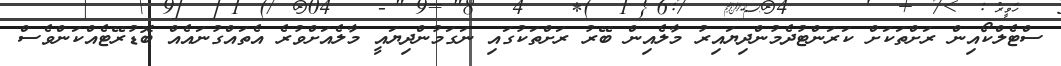
ސްޓެލްކޯއިން ރަށްތަކަށް ކަރަންޓުދެމުންދިޔައިރު މާލެއިން ބޭރު ރަށްތަކުގައި ނަގަމުންދިޔައީ މާލެއަށްވުރެ އެތައްގުނައެއް ބޮޑުރޭޓެއްކަންވެސް